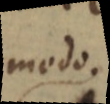
modo